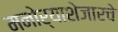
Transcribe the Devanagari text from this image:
मनोर्‍याशेजारचे